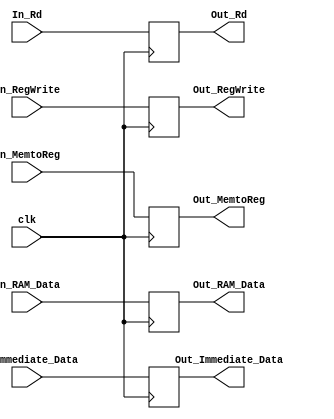
module MEM_WB_Register (
// input signals
	
	clk,In_RAM_Data,In_Immediate_Data, In_Rd,
	 
	// output signals
	Out_RAM_Data,Out_Immediate_Data, Out_Rd,
	// control unit input signals
	
	
	// WB signals
	In_RegWrite, In_MemtoReg,
	
	// control unit output signals
	
	// WB signals
	Out_RegWrite, Out_MemtoReg 
); 


input clk ;

input [31:0] In_RAM_Data,In_Immediate_Data ; // this refer to RAM output data and Immediate data

input [4:0] In_Rd; // the values come from the instruction in ID stage

input In_RegWrite;

input [1:0] In_MemtoReg;


output reg [31:0]  Out_RAM_Data,Out_Immediate_Data ;

output reg [4:0]   Out_Rd; 

output reg Out_RegWrite;
							 

output reg [1:0] Out_MemtoReg;

						 
						 
always @(posedge clk)
	begin
		
			
			Out_RAM_Data <= In_RAM_Data;
			Out_Immediate_Data <= In_Immediate_Data;
					
			Out_Rd <=In_Rd;
			
			Out_RegWrite <= In_RegWrite;
			Out_MemtoReg<=In_MemtoReg;
			
	
	end
	
endmodule